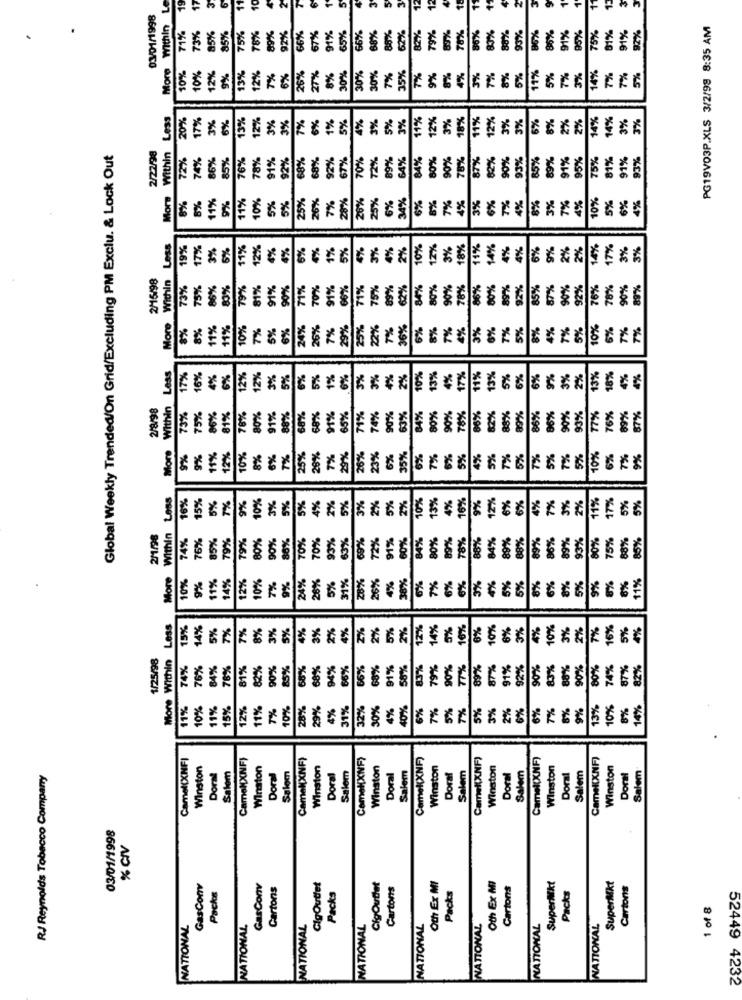
More Within L
11
10
12
12
03/01/1998
89%
78%
93%
92%
PG19V03P.XLS 3/2/99 8:35 AM
1%
73%
75%
78%
92%
66%
7%
91%
55%
6%
38%
38%
62%
82%
19%
83%
0%
80%
88%
86%
91%
95%
75%%
81%
91%
12%
10%
10%
12%
9%
13%
7%
6%
26%
27%
8%
30%
30%
30%
7%
35%
7%
9%
3%
%
8%
11%
5%
7%
3%
14%
7%
%
5%
Less
20%
17%
3%
6%
13%
12%
3%
6%
3%
5%
3%
11%
12%
3%
18%
11%
3%
6%
2%
14%
14%
3%
3%
7%
1%
5%
4%
12%
3%
8%
2%
3%
Global Weekly Trended/On Grid/Excluding PM Exclu. & Lock Out
2/27/98
More Within
72%
86%
85%
76%
78%
91%
92%
68%
68%
92%
67%
70%
72%
89%
64%
84%
80%
90%
78%
87%
82%
90%
93%
85%
89%
91%
95%
75%
81%
91%
93%
74%
8%
11%
9%
11%
10%
5%
5%
25%
26%
7%
28%
20%
25%
6%
34%
6%
5%
7%
4%
6%
4%
8%
3%
4%
10%
3%
7%
7%
5%
Less
19%
17%
3%
5%
11%
12%
*%
6%
1%
5%
5%
4%
2%
10%
12%
3%
18%
11%
14%
4%
4%
6%
9%
2%
14%
17%
3%
3%
4%
3%
2%
2/15/98
More Within
73%
75%
86%
80%
79%
81%
91%
90%
71%
70%
91%
00%
71%
75%
89%
62%
84%
80%
90%
78%
86%
80%
89%
92%
85%
87%
90%
76%
78%
90%
89%
92
8%
8%
11%
11%
10%
7%
5%
6%
24%
26%
7%
29%
25%
22%
7%
36%
6%
%
3%
5%
8%
0%
6%
7%
Less
17%
6%
4%
6%
12%
12%
3%
5%
6%
5%
1%
6%
5%
3%
2%
10%
13%
4%
17%
11%
13%
6%
13%
18%
2/8/98
More Within
7%
73%
75%
86%
81%
76%
80%
91%
68%
68%
91%
65%
71%
74%
90%
63%
84%
80%
90%
78%
82%
8%
39%
36%
06%
90%
77%
76%
9%
9%
11%
12%
10%
8%
6%
7%
25%
28%
7%
29%
26%
23%
6%
35%
6%
7%
6%
5%
4%
5%
5%
7%
5%
526
10%
6%
Less
16%
5%
7%
9%
10%
3%
5%
4%
5%
10%
13%
16%
4%
17%
15%
5%
2%
3%
2%
5%
4%
9%
12%
6%
6%
2%
119
2/1/98
Within
85%
79%
79%
80%
90%
86%
70%
70%
93%
63%
6%
72%
91%
60%
84%
80%
89%
38%
4%
89%
88%
89%
86%
93%
90%
75%
35%
74%
76%
18%
89%
88%
More
10%
9%
4%
2%
10%
24%
26%
31%
28%
38%
11%
11%
7%
9%
5%
26%
4%
6%
7%
6%
0%
5%
4%
5%
5%
8%
6%
8%
9%
Less
15%
14%
5%
7%
7%
8%
3%
5%
4%
3%
2%
4%
2%
2%
5%
2%
12%
14%
5%
10%
6%
10%
6%
3%
4%
10%
3%
2%
776
16%
5%
1/25/98
More Within
74%
76%
84%
78%
81%
82%
90%
85%
68%
68%
94%
36%
66%
68%
91%
58%
83%
79%
90%
77%
89%
87%
91%
92%
90%
83%
88%
90%
80%
74%
87%
82%
11%
0%
11%
15%
12%
1%
10%
28%
29%
4%
31%
32%
30%
4%
40%
6%
7%
5%
7%
5%
3%
2%
6%
6%
7%
8%
9%
13%
10%
8%
14%
Camel(XNF)
CameMXNF)
Camel(XNF)
Camel(XNF)
Camel(XNF)
CameKXNF)
Camel(XNF)
CamelXNF)
Winston
Doral
Salem
Winston
Winston
Salem
Winston
Salem
Winston
Salem
Winston
Winston
Salem
Winston
Salem
RJ Reynolds Tobacco Company
Doral
Salom
Doral
Doral
Doral
Doral
Salem
Doral
Doral
03/01/1998
% CIV
Oth Ex MI
Oth Ex MI
GasCom
Packs
GasConv
Cartons
CigOudet
Packs
CigOutlet
Cartons
Packs
Cartons
SuperMkt
Packs
SuperMkt
Cartons
1 of 8
NATIONAL
NATIONAL
NATIONAL
NATIONAL
NATIONAL
NATIONAL
NATIONAL
NATIONAL
52449 4232